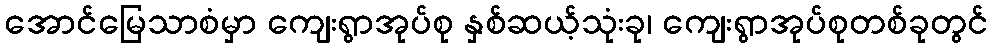
အောင်မြေသာစံမှာ ကျေးရွာအုပ်စု နှစ်ဆယ့်သုံးခု၊ ကျေးရွာအုပ်စုတစ်ခုတွင်